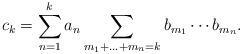
LaTeX: \begin{align*} c_{k}=\sum_{n=1}^{k}a_{n}\sum\limits _{m_{1}+\ldots+m_{n}=k}b_{m_{1}}\cdots b_{m_{n}}.\end{align*}